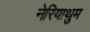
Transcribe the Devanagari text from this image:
नेरियाथुम